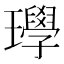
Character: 𱰁